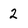
Character: 2